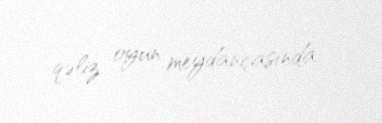
qəliz oyun meydançasında.